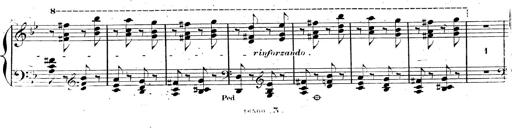
Title: AnnÃ©es de pÃ¨lerinage II, SupplÃ©ment
Composer: Franz Liszt